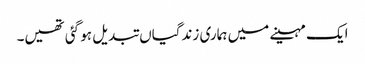
ایک مہینے میں ہماری زندگیاں تبدیل ہو گئی تھیں۔